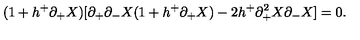
( 1 + h ^ { + } \partial _ { + } X ) [ \partial _ { + } \partial _ { - } X ( 1 + h ^ { + } \partial _ { + } X ) - 2 h ^ { + } \partial _ { + } ^ { 2 } X \partial _ { - } X ] = 0 .